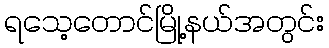
ရသေ့တောင်မြို့နယ်အတွင်း